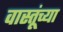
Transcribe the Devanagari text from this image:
वास्तूंच्या